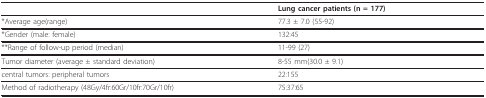
|  | Lung cancer patients (n = 177) |
 | --- | --- |
 | *Average age(range) | 77.3 ± 7.0 (55-92) |
 | *Gender (male: female) | 132:45 |
 | **Range of follow-up period (median) | 11-99 (27) |
 | Tumor diameter (average ± standard deviation) | 8-55 mm(30.0 ± 9.1) |
 | central tumors: peripheral tumors | 22:155 |
 | Method of radiotherapy (48Gy/4fr:60Gr/10fr:70Gr/10fr) | 75:37:65 |